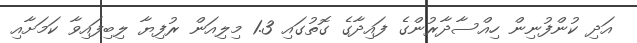
އަދި ކުންފުނިން ހިއްސާދާރުންގެ ފައިދާގެ ގޮތުގައި 1.3 މިލިއަން ރުފިޔާ ލިބިފައިވާ ކަމަށާއި